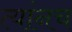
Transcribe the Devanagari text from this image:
त्यांनच